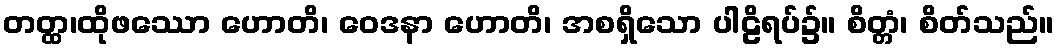
တတ္ထ၊ထိုဖဿော ဟောတိ၊ ဝေဒနာ ဟောတိ၊ အစရှိသော ပါဠိရပ်၌။ စိတ္တံ၊ စိတ်သည်။